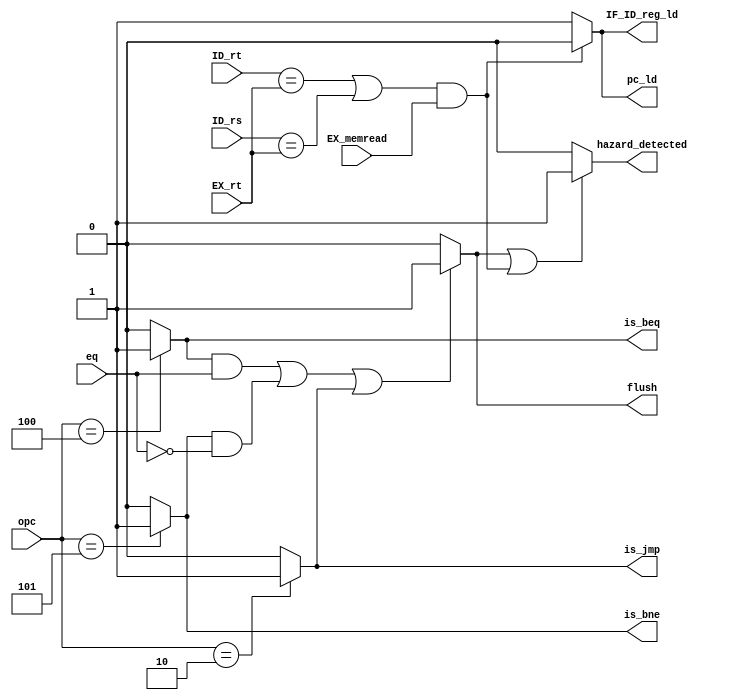
module HazardDetecting (input EX_memread, eq, input [4:0] ID_rt, ID_rs, EX_rt, input [5:0] opc,
                         output pc_ld, IF_ID_reg_ld, hazard_detected, flush, is_beq, is_bne, is_jmp);
  
  //hazard_detected goes to sel of mux
  
  assign is_beq = (opc == 6'b000100) ? 1'b1 : 1'b0;
  assign is_bne = (opc == 6'b000101) ? 1'b1 : 1'b0;
  
  wire beq_cond, bne_cond;
  assign beq_cond = (is_beq && eq);
  assign bne_cond = (is_bne && ~eq);
  
  assign is_jmp = (opc == 6'b000010) ? 1'b1 : 1'b0;
  
  assign flush = (beq_cond || bne_cond || is_jmp) ? 1'b1 : 1'b0;
  
  wire lw_cond;
  assign lw_cond = ( ((ID_rt == EX_rt)||(ID_rs == EX_rt)) && EX_memread );

  assign hazard_detected = (flush || lw_cond) ? 1'b1 : 1'b0; 
  // 0 will go to control signals if hazard_detected is 1
  
  assign pc_ld = lw_cond ? 1'b0 : 1'b1;
  assign IF_ID_reg_ld = pc_ld;
  
endmodule


module HazardDetecting_TB();
  
  reg EX_memread = 0, eq = 0;
  reg [4:0] ID_rt, ID_rs, EX_rt;
  reg [5:0] opc;
  wire pc_ld, IF_ID_reg_ld, hazard_detected, flush;
  
  HazardDetecting UUT (EX_memread, eq, ID_rt, ID_rs, EX_rt, opc,
                       pc_ld, IF_ID_reg_ld, hazard_detected, flush);
  initial begin
    ID_rt = 5'd10;
    ID_rs = 5'd15;
    EX_rt = 5'd18;
    opc = 6'd0;
    #50;
    EX_memread = 1'b1;
    #50;
    ID_rt = 5'd18;
    #50;
    EX_memread = 0;
    #50;
    opc = 6'b000100;
    #50;
    eq = 1'b1;
    #50;
  end
endmodule